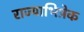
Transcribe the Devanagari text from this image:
राज्याभिषे़क